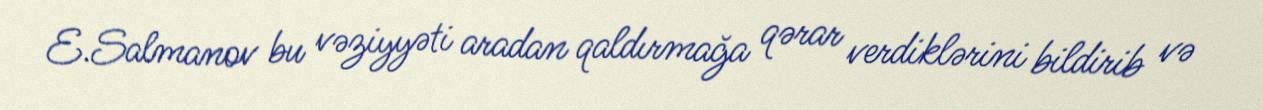
E.Salmanov bu vəziyyəti aradan qaldırmağa qərar verdiklərini bildirib və